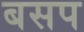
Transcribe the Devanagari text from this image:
बसप